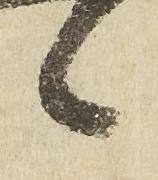
候